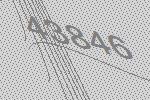
43846